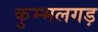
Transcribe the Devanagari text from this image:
कुम्भलगड़